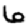
Digit: 6